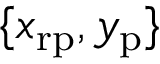
\{ x _ { \mathrm { r p } } , y _ { \mathrm { p } } \}